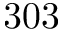
3 0 3